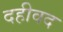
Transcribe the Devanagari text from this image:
दहीवद